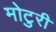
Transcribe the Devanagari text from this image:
मोटुरी